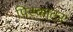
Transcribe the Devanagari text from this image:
पिस्काटर